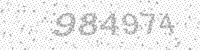
Solution: 984974